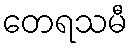
တေရသမီ